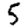
Digit: 5